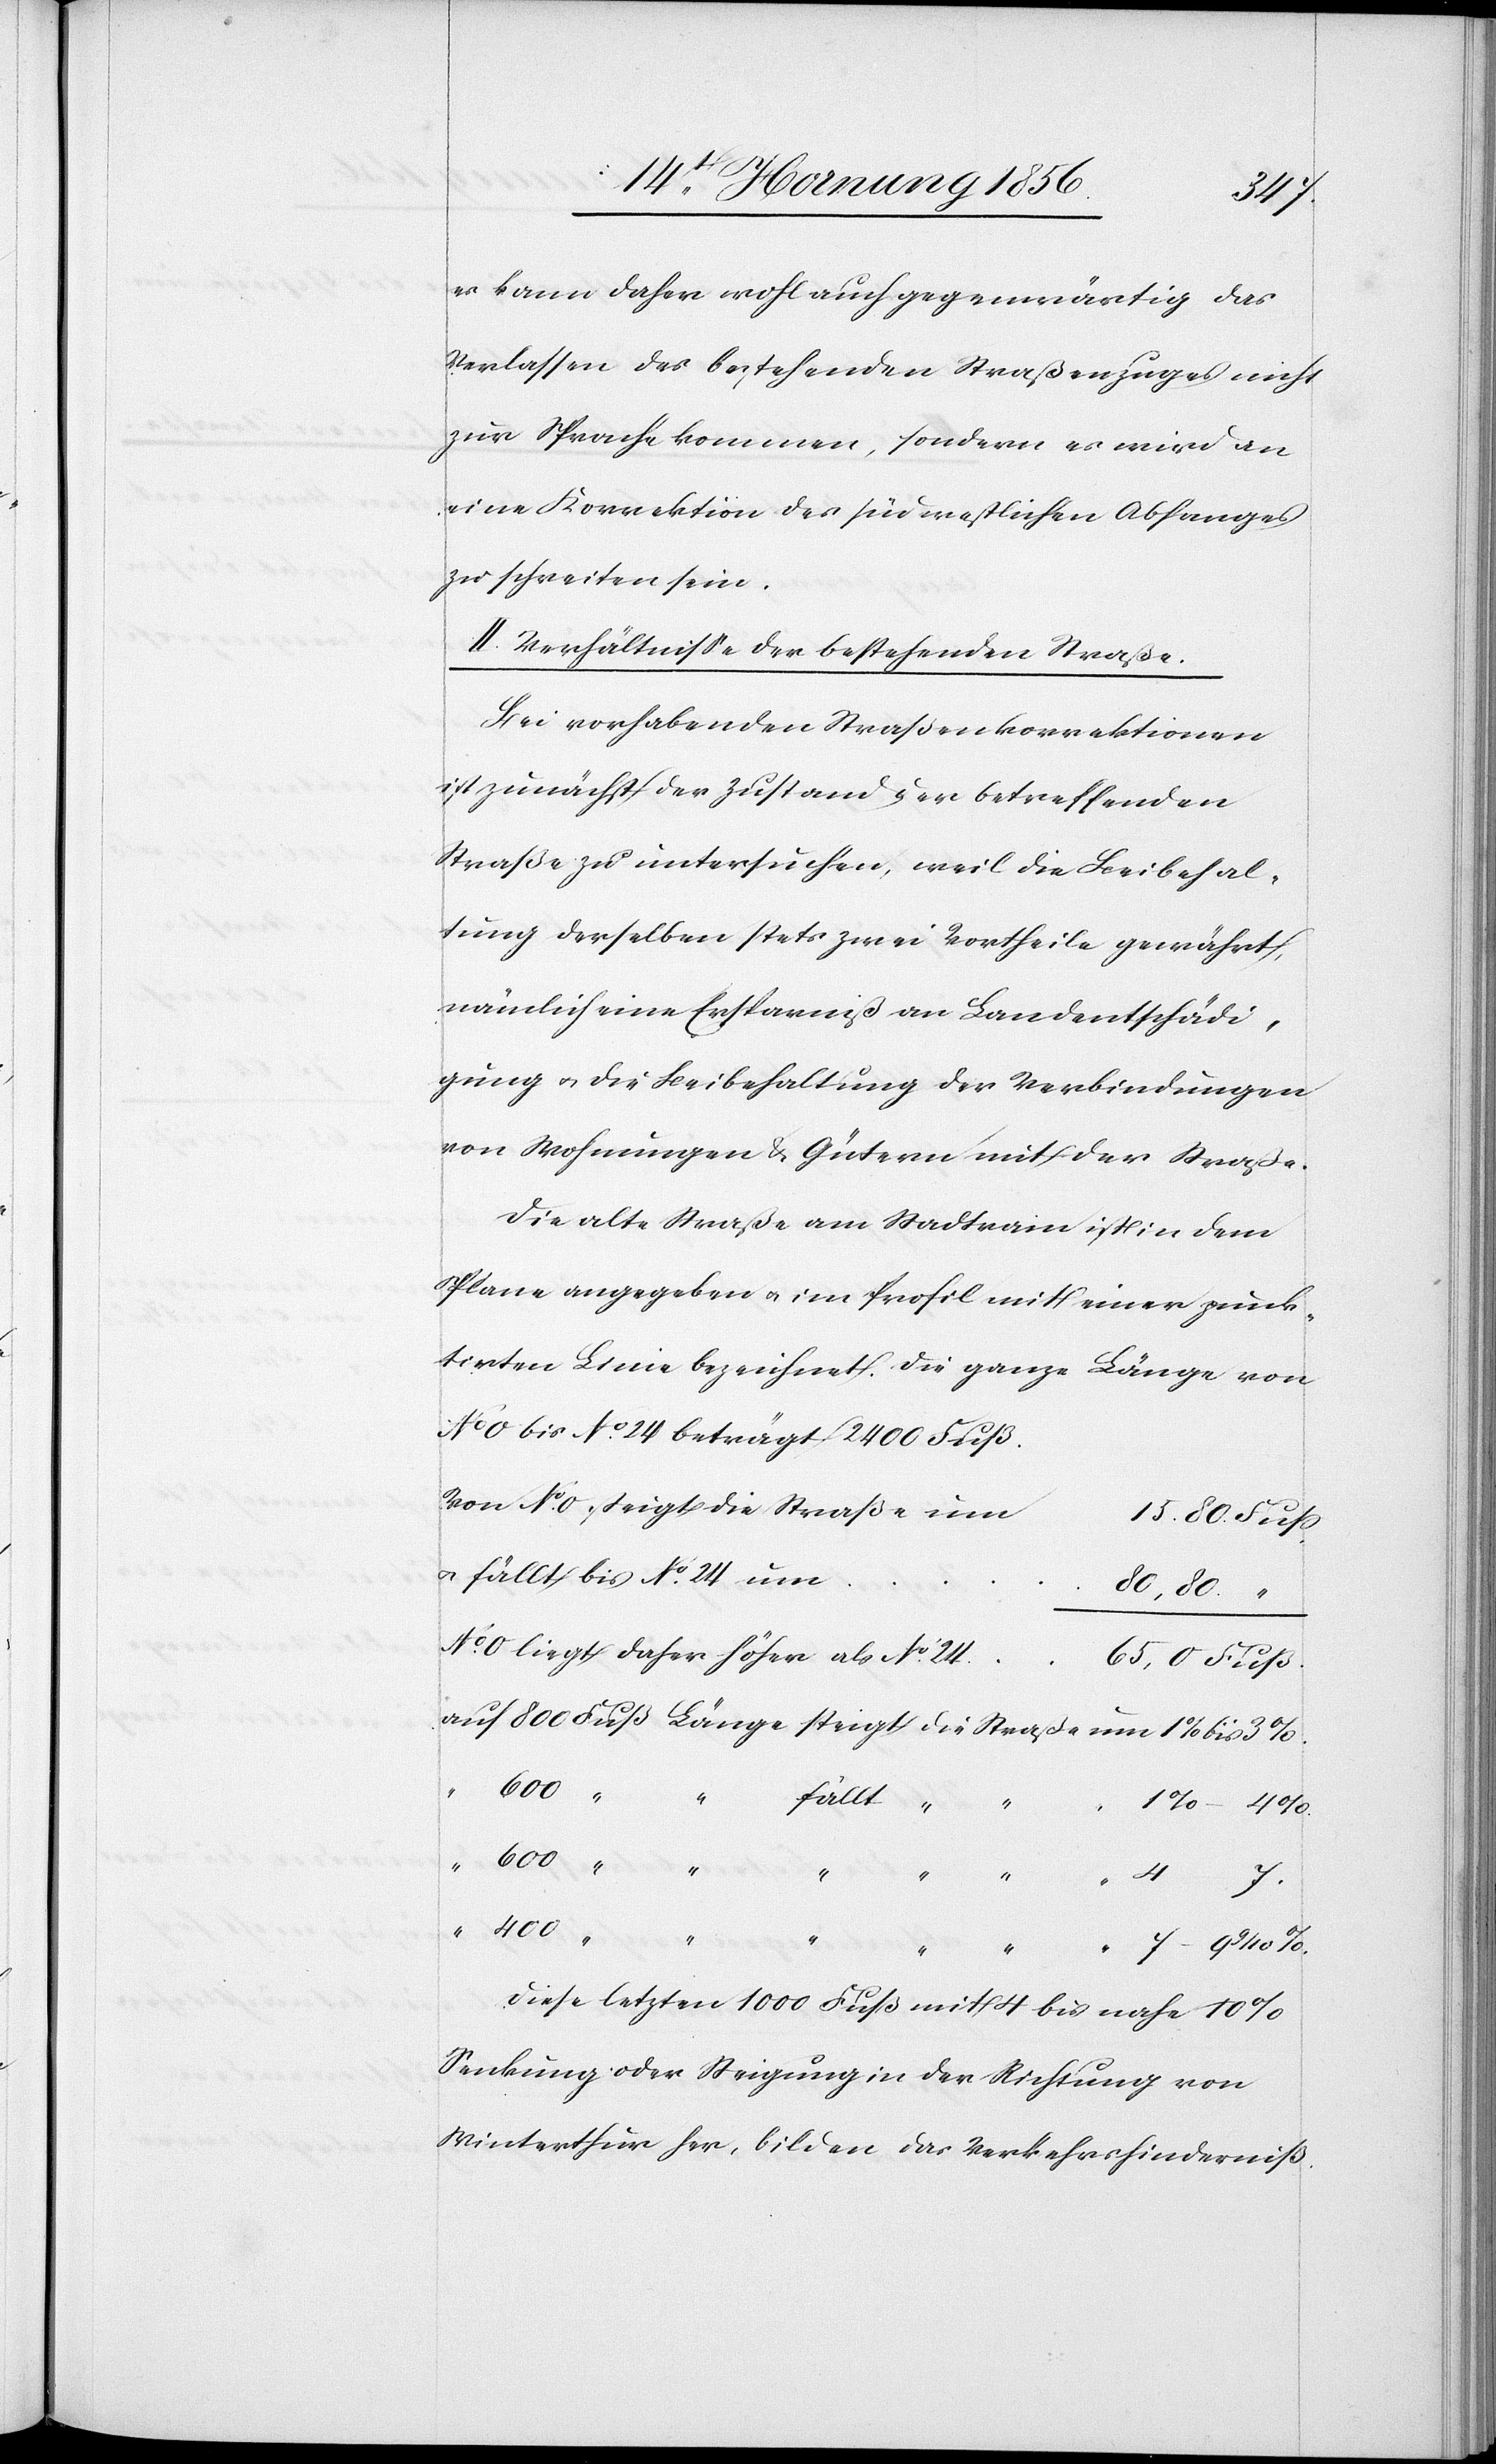
4
es kann daher wohl auch gegenwärtig das
Verlassen des bestehenden Straßenzuges nicht
zur Sprache kommen, sondern es wird an
eine Korrektion des südwestlichen Abhanges
zu schreiten sein.
II. Verhältnisse der betreffenden Straße.
Bei vorhabenden Straßenkorrektionen
ist zunächst der Zustand der betreffenden
Straße zu untersuchen, weil die Beibehal¬
tung derselben stets zwei Vortheile gewährt,
nämlich eine Ersparniß an Landentschädi¬
gung u. die Beibehaltung der Verbindungen
von Wohnungen & Gütern mit der Straße.
Die alte Straße am Stadtrain ist in dem
Plane angegeben u. im Profil mit einer punk¬
tirten Linie bezeichnet. Die ganze Länge von
No 0 bis No. 24 beträgt 2400 Fuß.
Von No. 0 steigt die Straße
u. fällt bis No. 24
No. 0 liegt daher höher als No.
400
Diese letzten 1000 Fuß mit 4 bis nahe 10%
Senkung oder Steigung in der Richtung von
Winterthur her, bilden das Verkehrshinderniß.